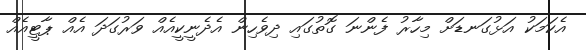
އެކަމަކު އަޅުގަނޑަށް މިހާރު ފެންނަ ގޮތުގައި ދިވެހިން އެދެނީކީއެއް ވަރުގަދަ އެއް ޕާޓީއެއް